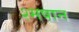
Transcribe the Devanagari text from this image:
श्मषान